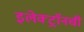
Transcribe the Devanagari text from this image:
इलेक्ट्राॅनची